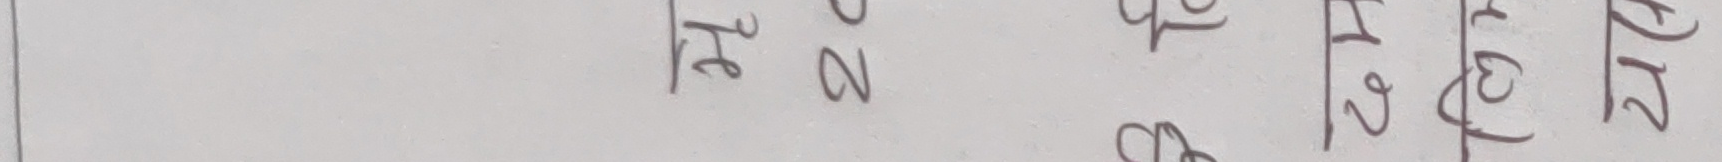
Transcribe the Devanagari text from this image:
२१
३१
२५
८१
२२